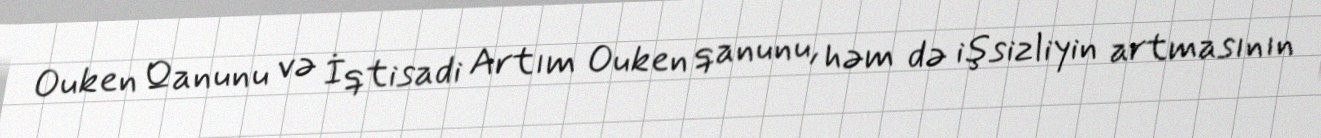
Ouken Qanunu və İqtisadi Artım Ouken qanunu, həm də işsizliyin artmasının